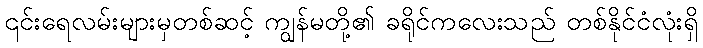
၎င်းရေလမ်းများမှတစ်ဆင့် ကျွန်မတို့၏ ခရိုင်ကလေးသည် တစ်နိုင်ငံလုံးရှိ